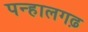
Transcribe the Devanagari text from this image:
पन्हालगढ़